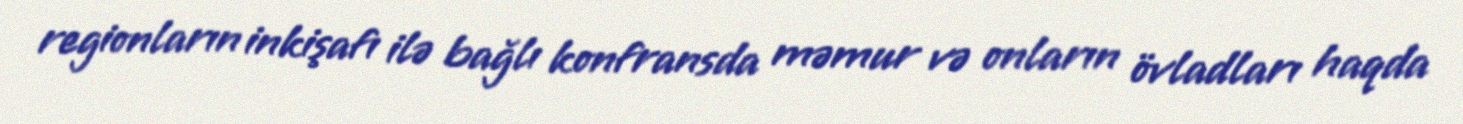
regionların inkişafı ilə bağlı konfransda məmur və onların övladları haqda